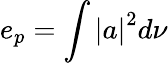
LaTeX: e_{p}=\int{\left|a\right|^{2}d\nu}